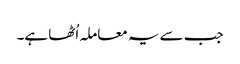
جب سے یہ معاملہ اُٹھا ہے۔